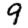
Digit: 9